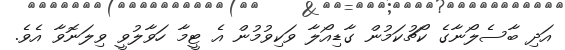
އަދި ބާސެލޯނާގެ ކޯޗުކަމުން ގާޑިއޯލާ ވަކިވުމުން އެ ޓީމާ ހަވާލުވީ ވިލަނޮވާ އެވެ.